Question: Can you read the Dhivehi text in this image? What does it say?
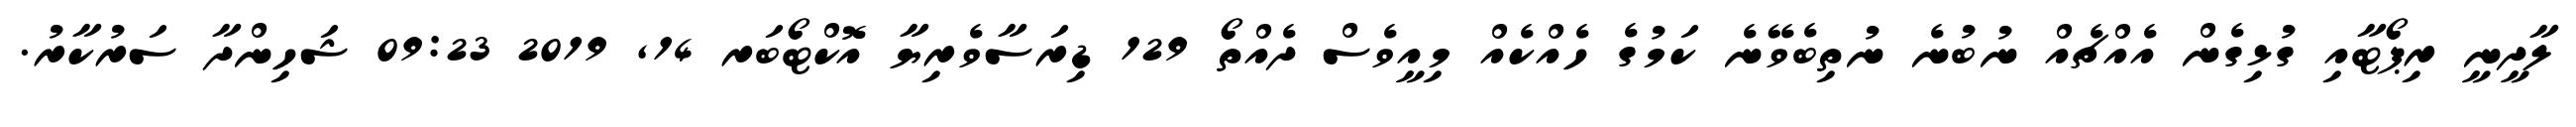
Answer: ލާދީނީ ރިޕޯޓާއި ގުޅިގެން އެއްޗެއް ނުބުނެ ނުތިބެވޭނެ ކަމުގެ ހެއްކެއް މިއީވެސް ދެއްތޯ 129 ޑިރަސާވެރިޔާ އޮކްޓޯބަރ 14, 2019 09:23 ޝަހިންދާ ސަރުކާރު.